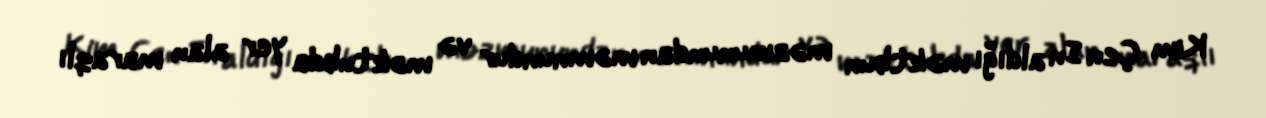
Kim Çen In aldığı məktbun məzmunundan məmnundur və məktubda yer alan maraqlı